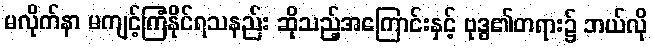
မလိုက်နာ မကျင့်ကြံနိုင်ရသနည်း ဆိုသည့်အကြောင်းနှင့် ဗုဒ္ဓ၏တရား၌ ဘယ်လို